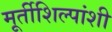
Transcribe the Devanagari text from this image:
मूर्तीशिल्पांशी